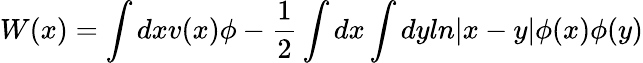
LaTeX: W(x)=\int dxv(x)\phi-{\frac{1}{2}}\int dx\int dyln|x-y|\phi(x)\phi(y)